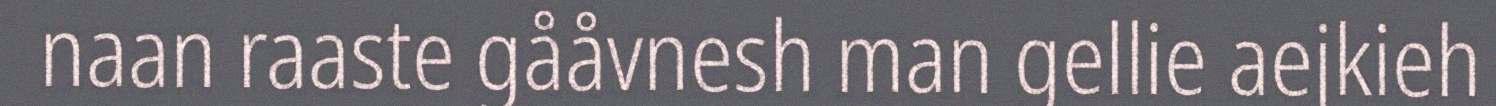
naan raaste gååvnesh man gellie aejkieh